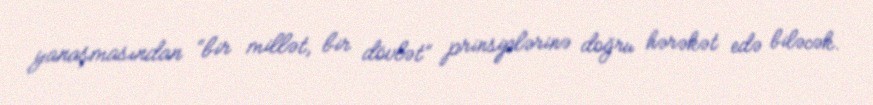
yanaşmasından “bir millət, bir dövlət” prinsiplərinə doğru hərəkət edə biləcək.